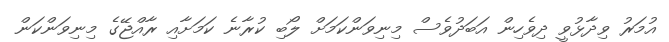
އުމަރު ވިދާޅުވީ ދިވެހިން އަބަދުވެސް މިނިވަންކަމަށް ލޯބި ކުރާނެ ކަމަށާއި ރާއްޖޭގެ މިނިވަންކަން